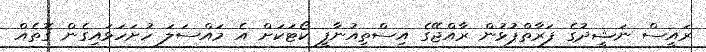
ރައީސް ނަޝީދުގެ ފަރާތްޕުޅުން ރާއްޖޭގެ އިސްތިއުނާފީ ކޯޓަކަށް އެ މައްސަލަ ހުށަހަޅައިގެން ގޮތެއް